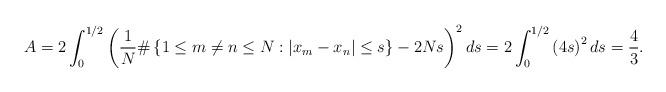
LaTeX: \begin{align*} A = 2\int_{0}^{1/2} \left( \frac{1}{N} \# \left\{ 1 \leq m \neq n \leq N: |x_m - x_n| \leq s \right\} - 2Ns \right)^2 ds =2\int_{0}^{1/2} \left( 4s\right)^2 ds = \frac{4}{3}.\end{align*}